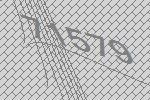
71579